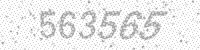
Solution: 563565